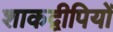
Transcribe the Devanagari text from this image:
शाकद्वीपियों